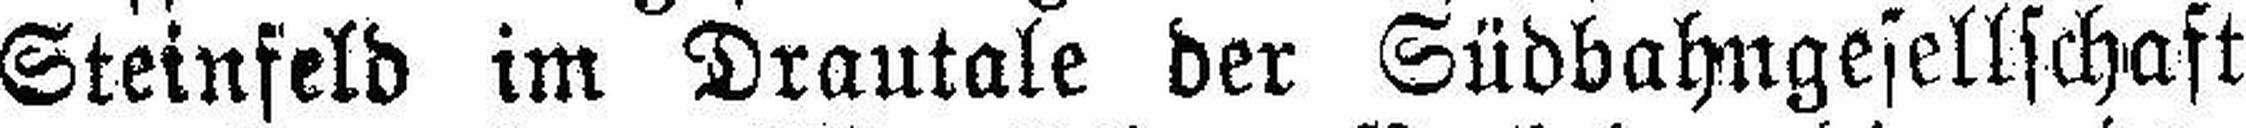
Steinfeld im Drautale der Südbahngesellschaft